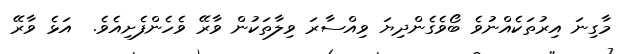
މާގިނަ އިރުތަކެއްނުވެ ބޯވެގެންދިޔަ ވިއްސާރަ ވިލާތަކުން ވާރޭ ވެހެންފެށިއެވެ.  އަޅެ ވާރޭ